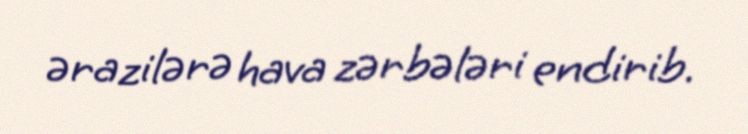
ərazilərə hava zərbələri endirib.